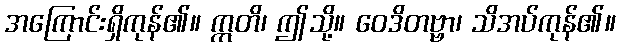
အကြောင်းရှိကုန်၏။ ဣတိ၊ ဤသို့။ ဝေဒိတဗ္ဗာ၊ သိအပ်ကုန်၏။